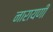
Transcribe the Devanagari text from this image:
नारायणीं